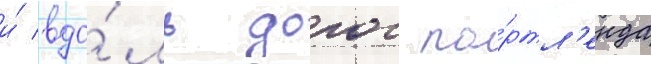
и́ вдо́ль дорог по́ртл'енда